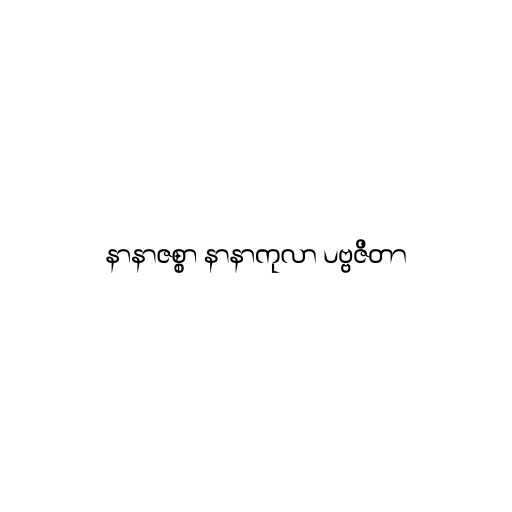
နာနာဇစ္စာ နာနာကုလာ ပဗ္ဗဇိတာ